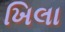
ખિલા